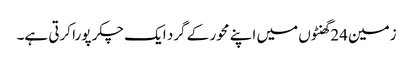
زمین 24گھنٹوں میں اپنے محور کے گرد ایک چکر پورا کرتی ہے۔